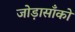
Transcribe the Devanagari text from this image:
जोड़ासाँको